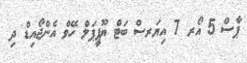
ޕާސް 5 އޯރ 7 އިޔަރސް ބަޓް ޔޫޕީޕަލް ހޭވް އެންޖޯއިޑް ދި